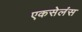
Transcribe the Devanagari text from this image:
एकसेलंस